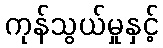
ကုန်သွယ်မှုနှင့်